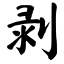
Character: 剥